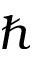
\hbar